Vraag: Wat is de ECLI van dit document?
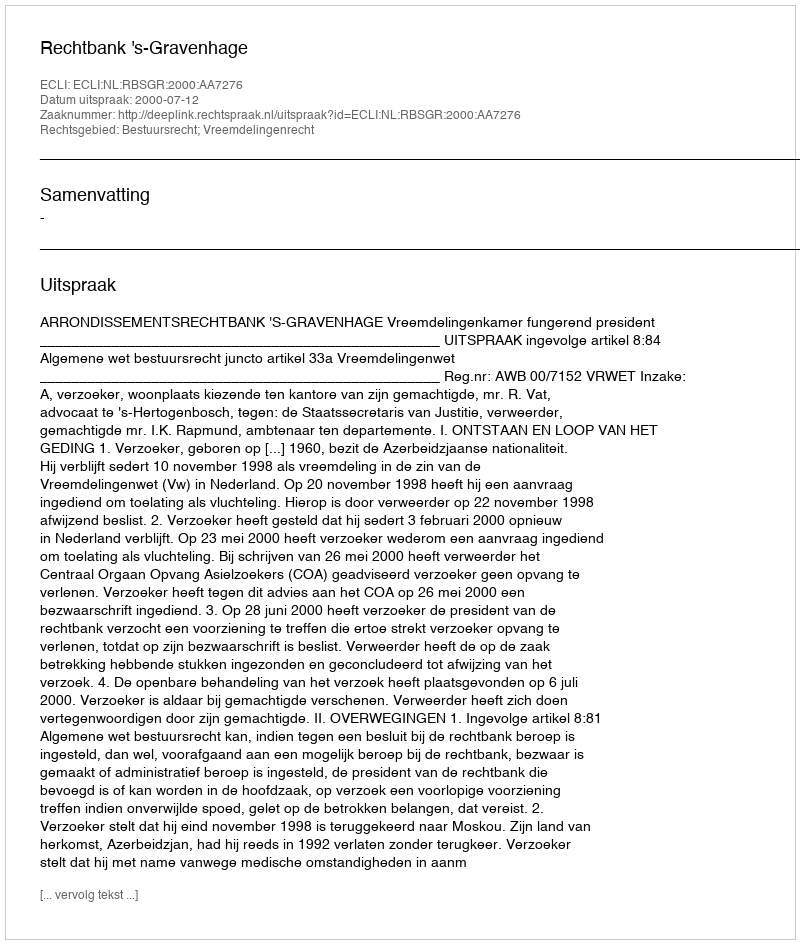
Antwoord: ECLI:NL:RBSGR:2000:AA7276